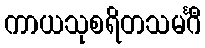
ကာယသုစရိတသမင်္ဂီ